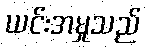
ယင်းအမှုသည်